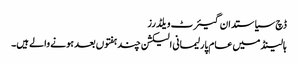
ڈچ سیاستدان گیئرٹ ویلڈرز
ہالینڈ میں عام پارلیمانی الیکشن چند ہفتوں بعد ہونے والے ہیں۔